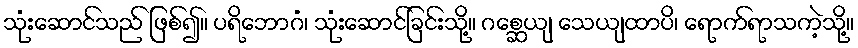
သုံးဆောင်သည် ဖြစ်၍။ ပရိဘောဂံ၊ သုံးဆောင်ခြင်းသို့။ ဂစ္ဆေယျ သေယျထာပိ၊ ရောက်ရာသကဲ့သို့။